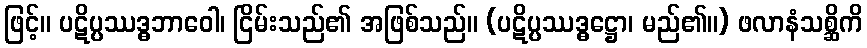
ဖြင့်။ ပဋိပ္ပဿဒ္ဓဘာဝေါ၊ ငြိမ်းသည်၏ အဖြစ်သည်။ (ပဋိပ္ပဿဒ္ဓဋ္ဌော၊ မည်၏။) ဖလာနံသစ္ဆိကိ